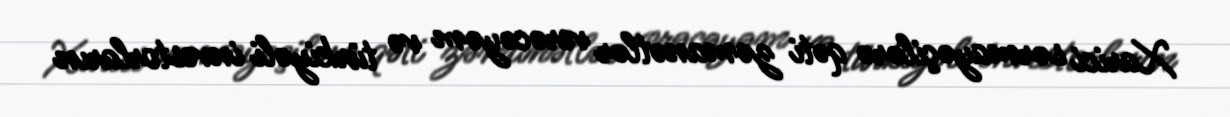
Xarici sərmayəçilərə qəti zəmanətlər verəcəyəm və türkiyəli investorların